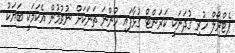
ޕެޓްރޯލް ހުރި ގުދަނަކީ ކަރަންޓް ގުޅާފައި ހުންނަ ތަނަކަށް ނުވުމުން އެކަމަކީ ބަޔަކު